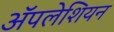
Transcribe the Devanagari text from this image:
ॲपलेशियन